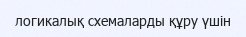
логикалық схемаларды құру үшін